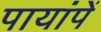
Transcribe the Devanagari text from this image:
पायांपें